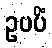
ဥပပိံ